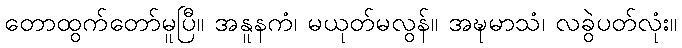
တောထွက်တော်မူပြီ။ အနူနကံ၊ မယုတ်မလွန်။ အဍ္ဎမာသံ၊ လခွဲပတ်လုံး။